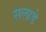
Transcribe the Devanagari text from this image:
सलाडे